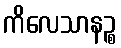
ကိလေသာနဉ္စ